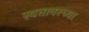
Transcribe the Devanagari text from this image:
स्वतावरच्या